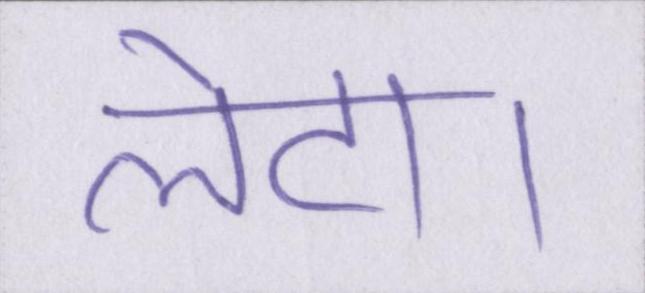
लेटा।